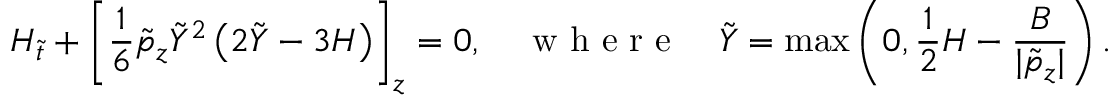
H _ { \tilde { t } } + \left[ \frac { 1 } { 6 } \tilde { p } _ { z } \tilde { Y } ^ { 2 } \left( 2 \tilde { Y } - 3 H \right) \right] _ { z } = 0 , \quad \mathrm { ~ w ~ h ~ e ~ r ~ e ~ } \quad \tilde { Y } = \operatorname* { m a x } \left( 0 , \frac { 1 } { 2 } H - \frac { B } { | \tilde { p } _ { z } | } \right) .